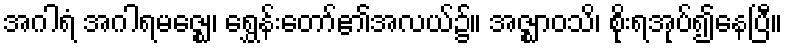
အဂါရံ အဂါရမဇ္ဈေ၊ ရွှေန်းတော်၏အလယ်၌။ အဇ္ဈာဝသိ၊ စိုးရအုပ်၍နေပြီ။